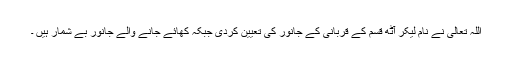
اللہ تعالی نے نام لیکر آٹھ قسم کے قربانی کے جانور کی تعیین کردی جبکہ کھائے جانے والے جانور بے شمار ہیں ۔